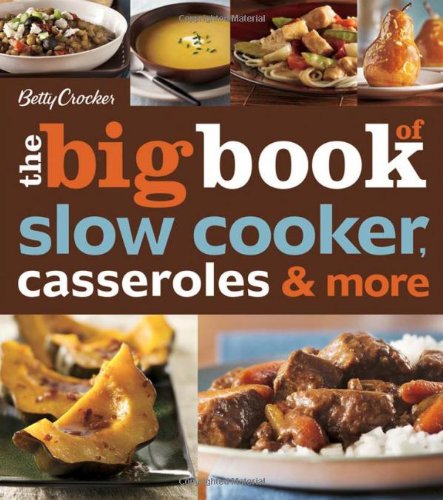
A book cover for Betty Crocker The Big Book of Slow Cooker, Casseroles & More (Betty Crocker Big Book); Betty Crocker; Cookbooks, Food & Wine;